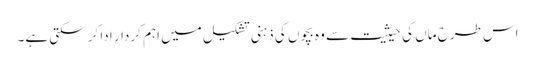
اس طرح ماں کی حیثیت سے وہ بچوں کی ذہنی تشکیل میں اہم کردار ادا کر سکتی ہے۔